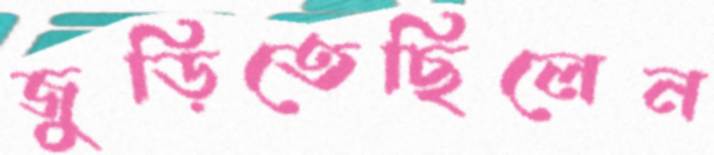
জুড়িতেছিলেন